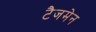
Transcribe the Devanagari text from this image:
टैजमेन